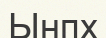
Ынпх